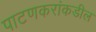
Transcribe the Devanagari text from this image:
पाटणकरांकडील